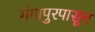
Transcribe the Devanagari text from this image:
गंगापुरपासून